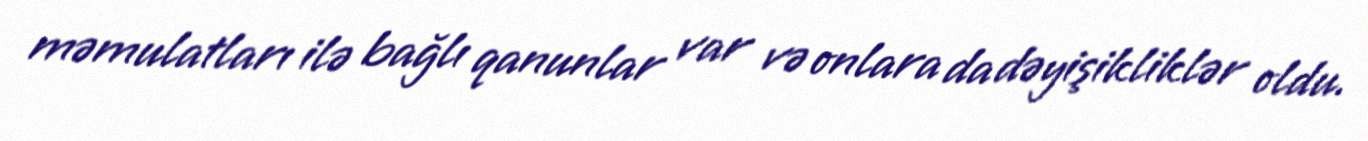
məmulatları ilə bağlı qanunlar var və onlara da dəyişikliklər oldu.